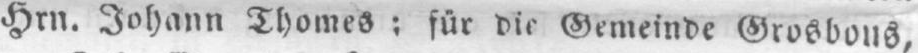
Hrn. Johann Thomes; für die Gemeinde Grosbous,